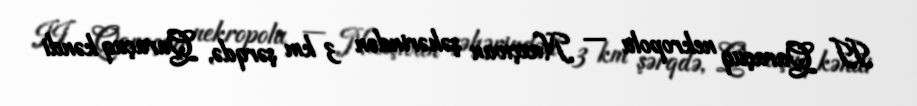
II Qaraçuq nekropolu — Naxçıvan şəhərindən 3 km şərqdə, Qaraçuq kəndi